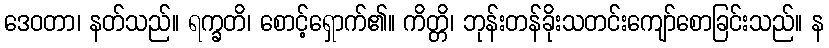
ဒေဝတာ၊ နတ်သည်။ ရက္ခတိ၊ စောင့်ရှောက်၏။ ကိတ္တိ၊ ဘုန်းတန်ခိုးသတင်းကျော်စောခြင်းသည်။ န